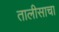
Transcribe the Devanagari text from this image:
तालीसाचा